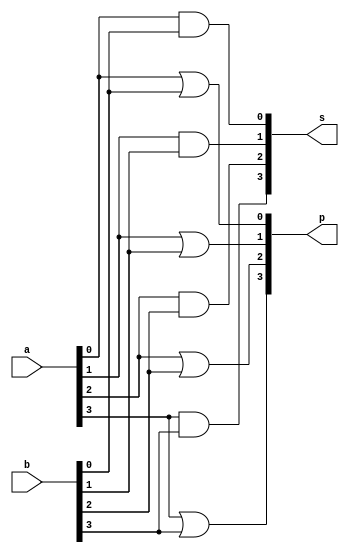
// -------------------------
// Exemplo0031 - F4
// Nome: Djonatas Tulio Rodrigues Costa
// -------------------------

// -------------------------
// f4_gate
// -------------------------
module f4(output [3:0]s, output [3:0]p, input [3:0]a, input [3:0]b);
	and and1(s[0], a[0], b[0]);
	and and2(s[1], a[1], b[1]);
	and and3(s[2], a[2], b[2]);
	and and4(s[3], a[3], b[3]);
	or or1(p[0], a[0], b[0]);
	or or2(p[1], a[1], b[1]);
	or or3(p[2], a[2], b[2]);
	or or4(p[3], a[3], b[3]);
endmodule // f4_gate

// -------------------------
// testef4
// -------------------------
module test_f4;
// ------------------------- definir dados
	reg [3:0]a;
	reg [3:0]b;
	wire [3:0]x;
	wire [3:0]y;

	f4 modulo(x,y,a,b);

// ------------------------- parte principal

	initial begin
		$display("Exemplo0031 - Djonatas Tulio Rodrigues Costa - 440954");
		$display("Test LU's module");

			a=4'b0011;	b=4'b0101;
		$monitor("\n%b & %b = %b\n%b | %b = %b", a, b, x, a, b, y);
		#1 a=4'b0000;	b=4'b1111;
		#1 a=4'b0001;	b=4'b1110;
		#1 a=4'b0101;	b=4'b1010;
		#1 a=4'b1100;	b=4'b1100;
		#1 a=4'b1001;	b=4'b0110;
	end

endmodule // test_f4